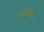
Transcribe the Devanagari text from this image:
ठकारांच्या